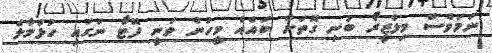
ނަމަވެސް މިލްޒީރޯ ބުނި ގޮތަށް ބައެއް މީހުން ވަނީ ފޮޓޯ ނަގައި ހުޅުމާލެ